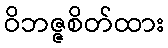
ဝိဘဇ္ဇစိတ်ထား